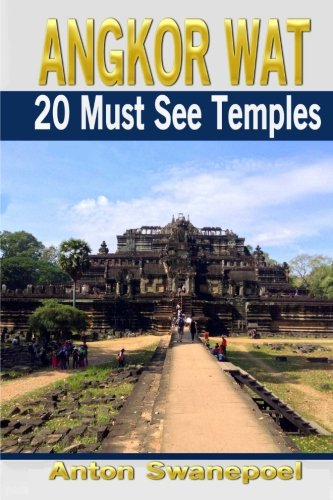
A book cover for Angkor Wat: 20 Must see temples (Cambodia Travel Guide Books By Anton); Anton Swanepoel; Travel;